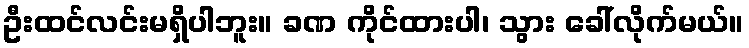
ဦးထင်လင်းမရှိပါဘူး။ ခဏ ကိုင်ထားပါ၊ သွား ခေါ်လိုက်မယ်။